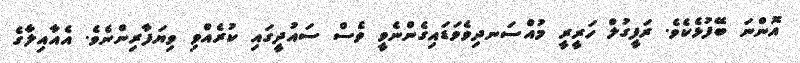
އޮންނަ ބޭފުޅެކެވެ. ރަފީގުލް ހަރީރީ މުއްސަނދިވެވަޑައިގެންނެވީ ވެސް ސައުދީގައި ކުރެއްވި ވިޔަފާރިންނެވެ. އެއާއިލާގެ